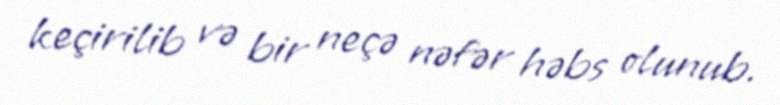
keçirilib və bir neçə nəfər həbs olunub.